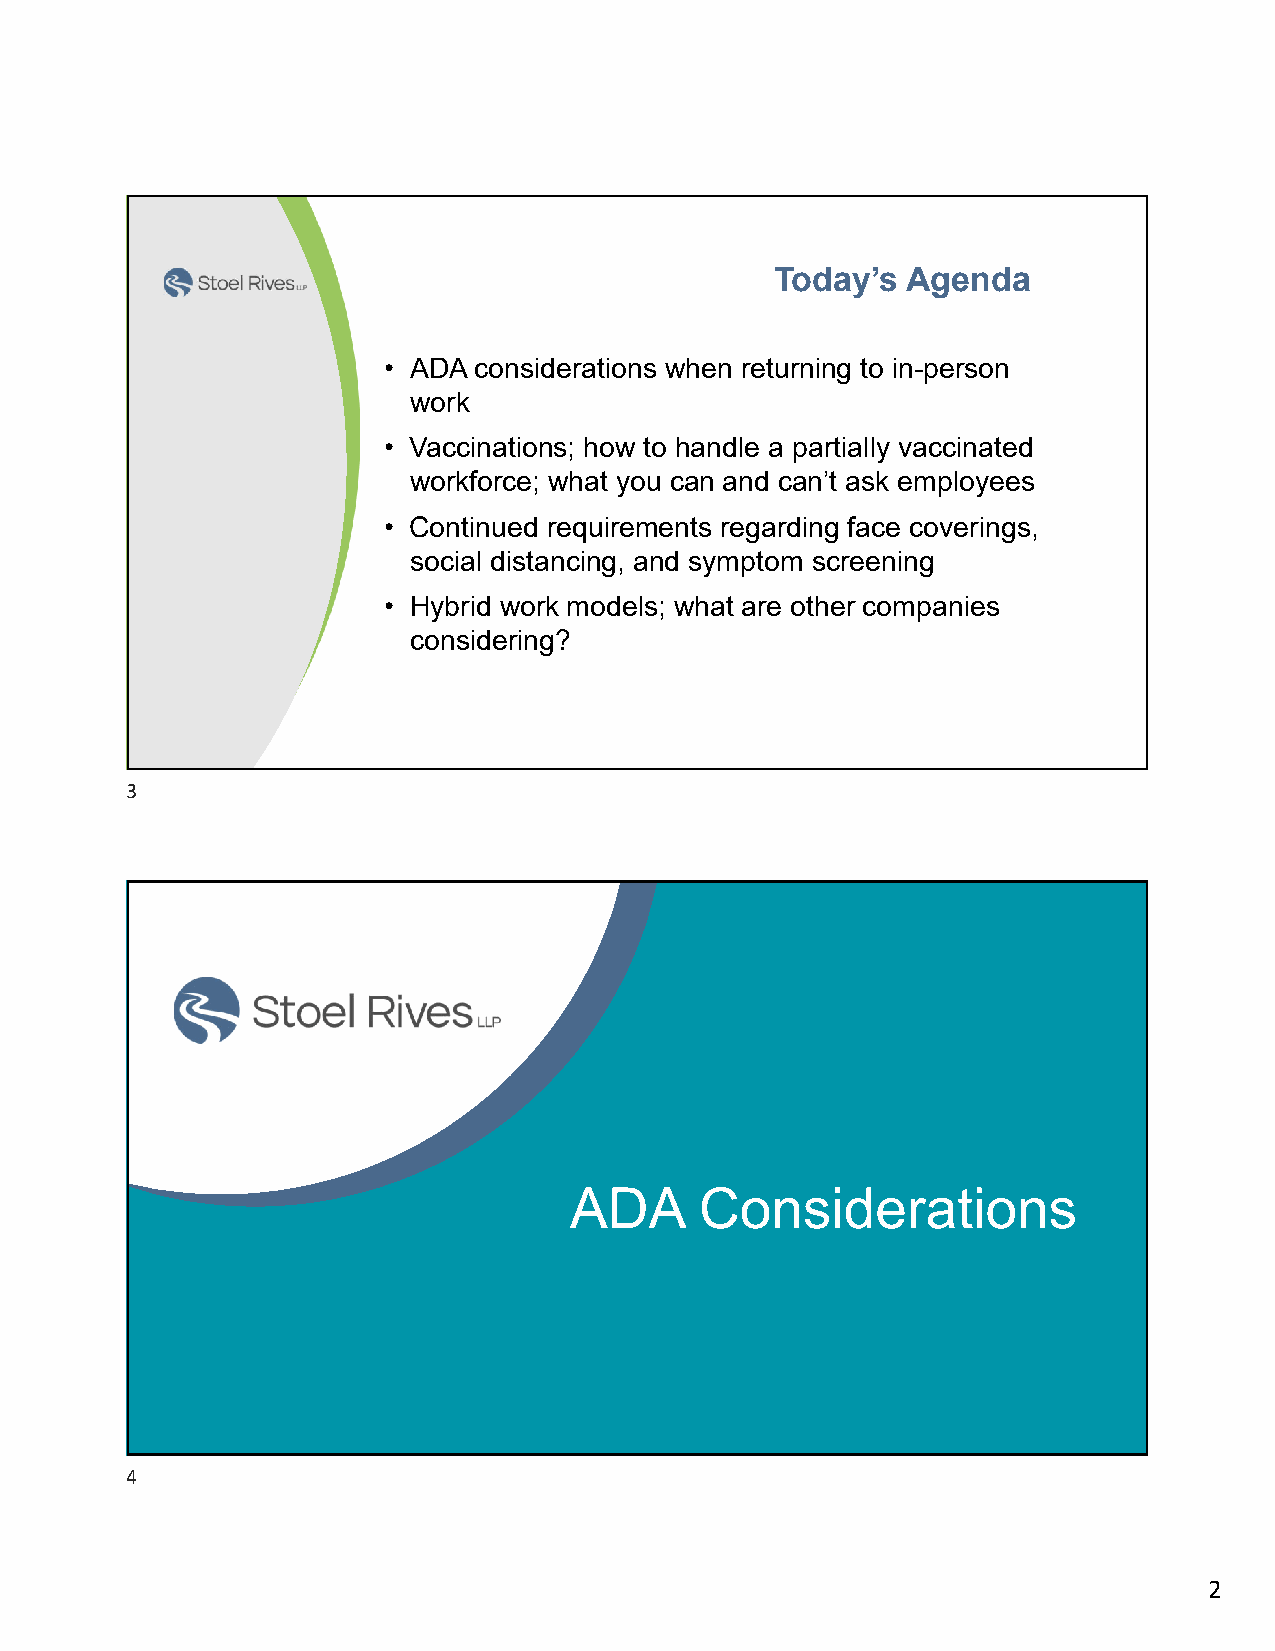
Today’s  Agenda
 • ADA considerations when returning to in-person
 work
 • Vaccinations; how to handle a partially vaccinated
 workforce; what you can and can’t ask employees
 • Continued requirements regarding face coverings,
 social distancing, and symptom screening
 • Hybrid work models; what are other companies
 considering?
 3
 ADA     Considerations
 4
 2